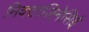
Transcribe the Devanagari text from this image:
निक्टाजिनेसिई